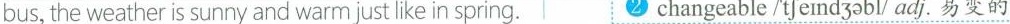
bus, the weather is sunny and warm just like in spring. ②changeable/^{\prime}tʃeɪndʒ əbl/adj.易变的